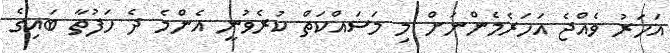
އަހަރު ވެއްޖެ އަހަރެމެންނަށް މި މަސައްކަތް ކުރެވުނީ އެންމެ ދެ ހަފުތާ ބައިގެ